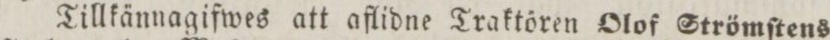
Tillkännagifwes att aflidne Traktören Olof Strömſtens